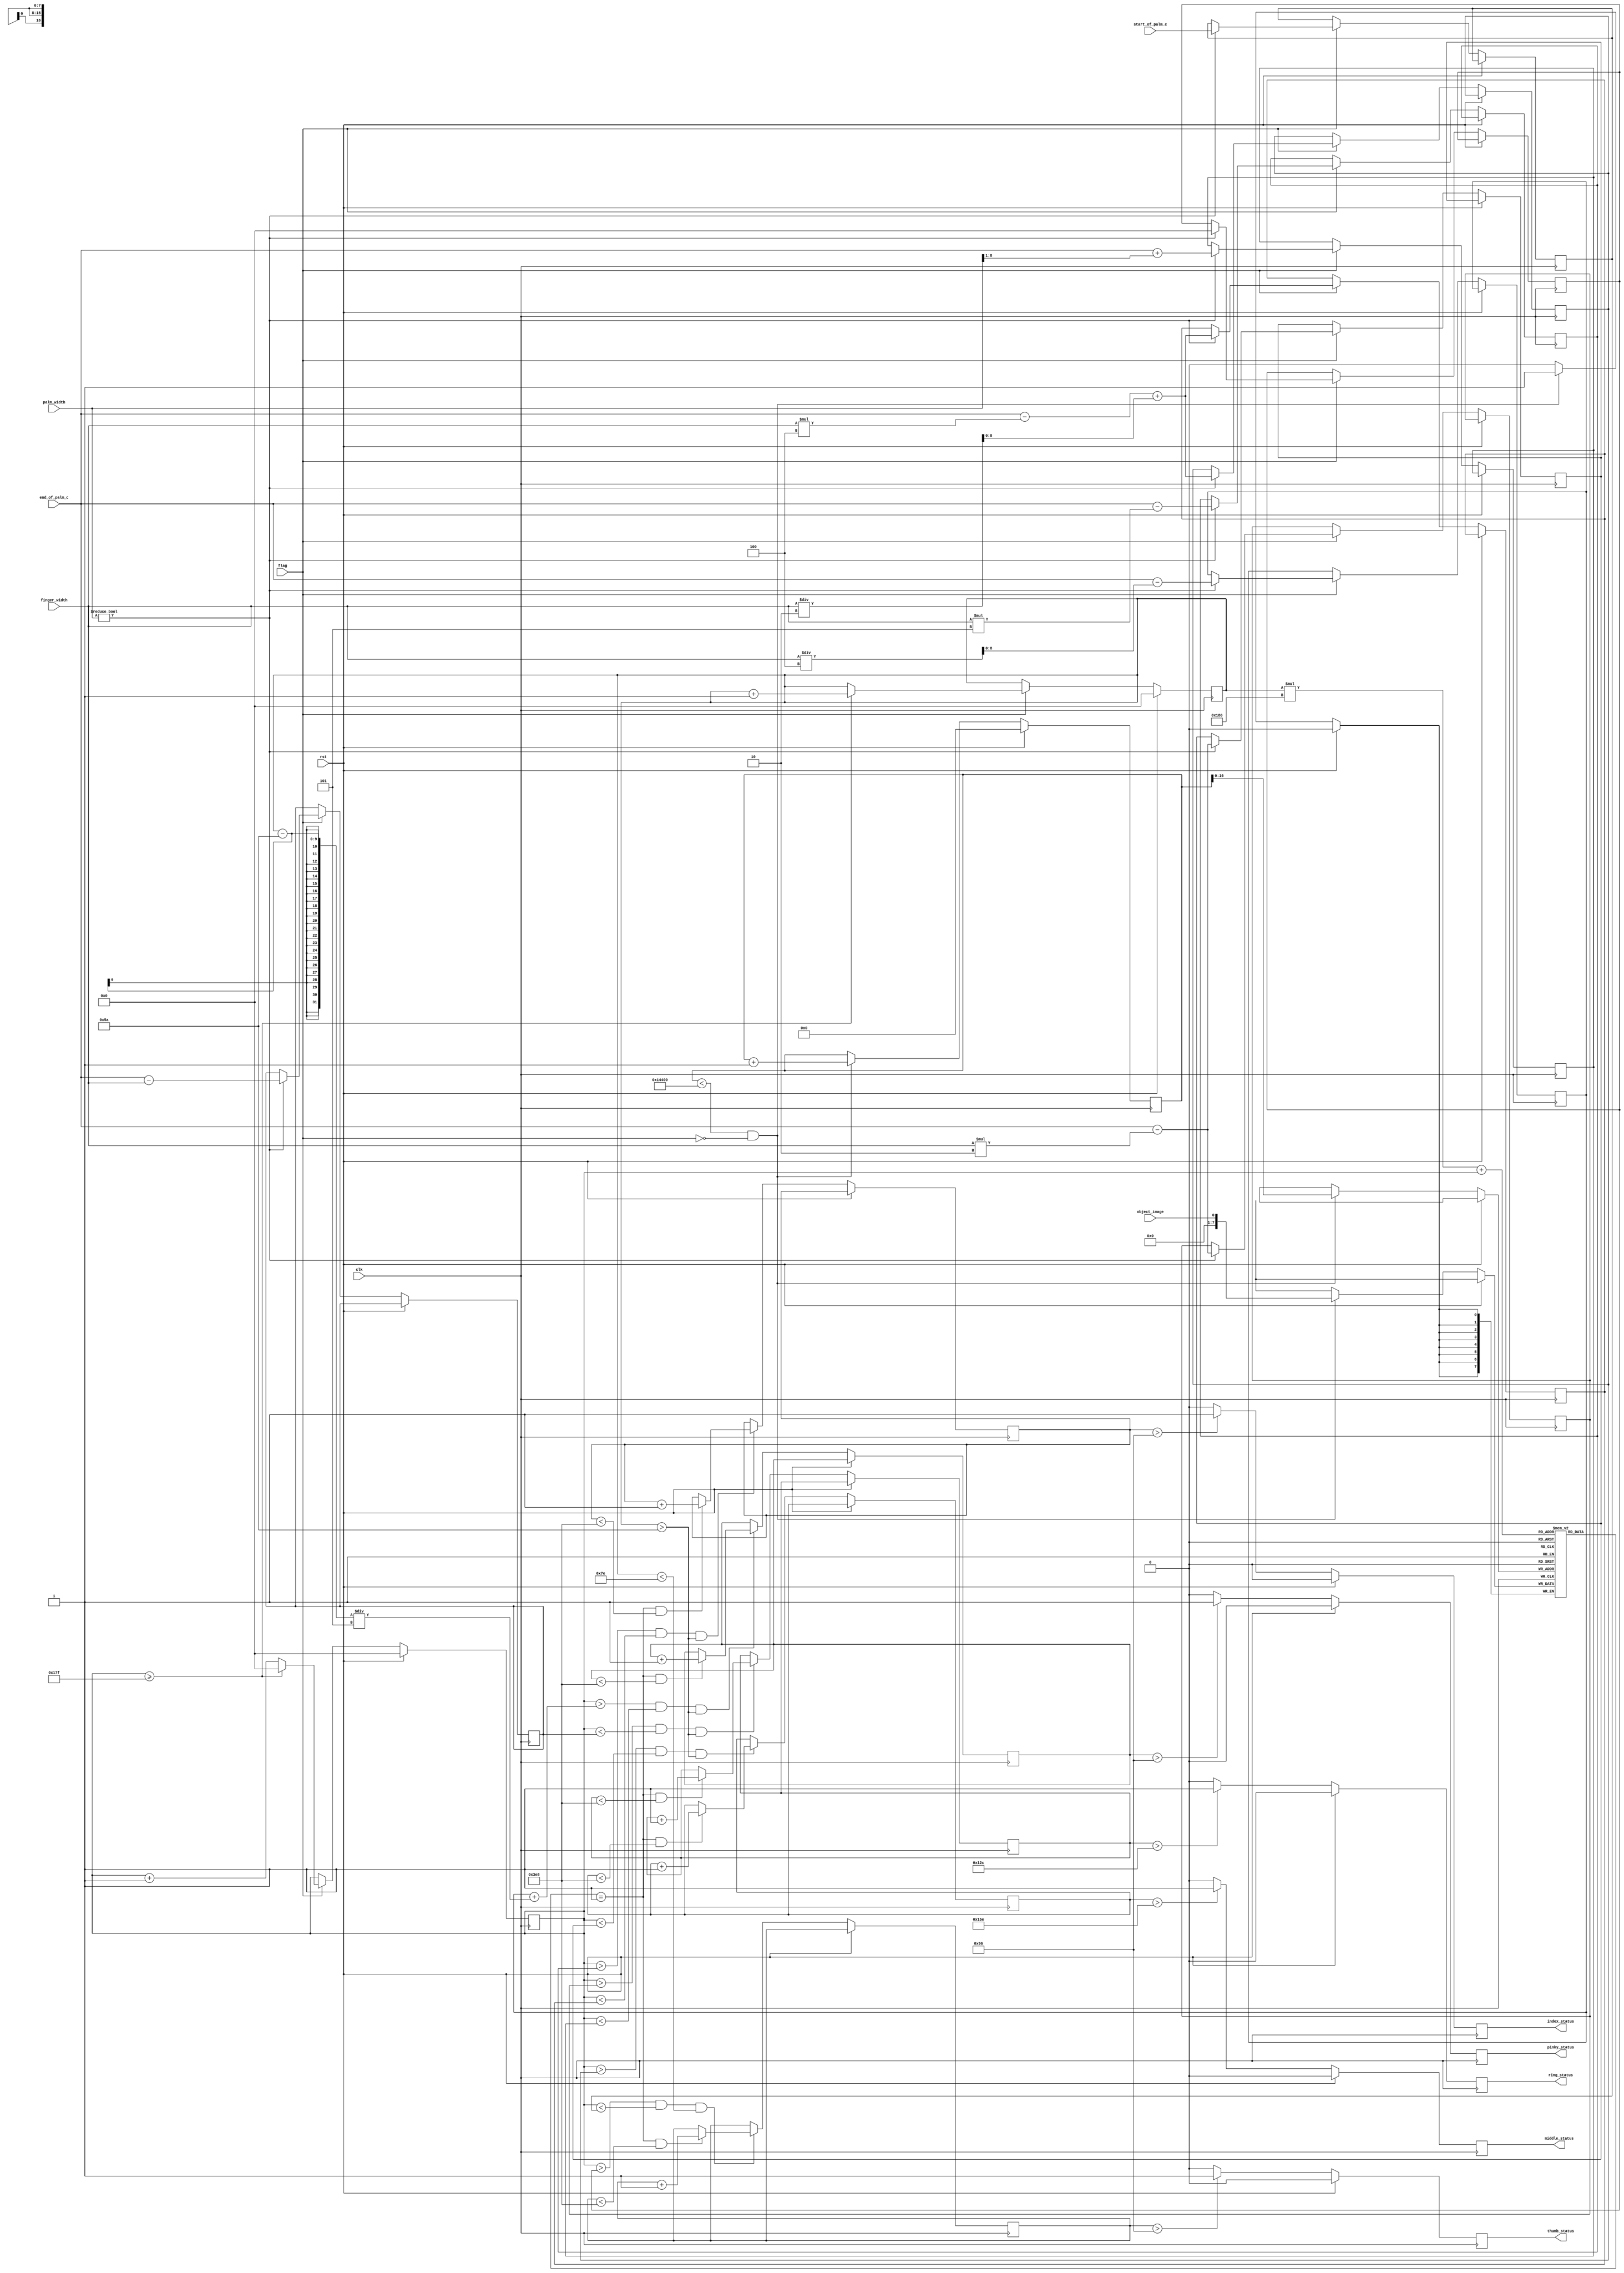
//In this modulet parameter thumb,index,middle.ring,pinky are to be determined by your image.
//Thus, the volume of reg thumb_true should be changed with them.
module FingerIdentification(object_image,
                            flag,
                            palm_width,
                            start_of_palm_c,
                            end_of_palm_c,
                            thumb_status,
                            index_status,
                            middle_status,
                            ring_status,
                            pinky_status,
                            finger_width,
                            rst,clk);
   
   input object_image;
   input [8:0] palm_width, finger_width;
   input [8:0]  start_of_palm_c;
   input [8:0]  end_of_palm_c;
   
   output      thumb_status, index_status, middle_status, ring_status, pinky_status;
   
   input       rst, clk,flag;
   
   // Finger status indicators,
   // if open, status is `True`
   // else status is `False`
   reg         thumb_status=0;
   reg 	       index_status=0;
   reg 	       middle_status=0;
   reg 	       ring_status=0;
   reg 	       pinky_status=0;
   
   // The dimensions of the image
   parameter IMAGE_WIDTH=384;
   parameter IMAGE_HEIGHT=216;
   reg [8:0] 	row_count = 0, col_count = 0;
   
   reg[17:0]    count;
   reg [7:0] 	lum[0:IMAGE_WIDTH*IMAGE_HEIGHT];
   
   // Threshold triggers
   reg [9:0]   pinky_true=0;
   reg [9:0]   ring_true=0;
   reg [9:0]   middle_true=0;
   reg [9:0]   index_true=0;
   reg [9:0]   thumb_true=0;
   
   // FInger boxes
   reg [8:0]   pinky_left = 0;
   reg [8:0]   pinky_right = 0;
   
   reg [8:0]   ring_left = 0;
   reg [8:0]   ring_right = 0;

   reg [8:0]   middle_left = 0;
   reg [8:0]   middle_right = 0;
   
   reg [8:0]   thumb_left = 0;
   reg [8:0]   thumb_right = 0;
   
   reg [8:0]   index_left = 0;
   reg [8:0]   index_right = 0;
  
   parameter thumb=150;
   parameter index=150;
   parameter middle=350;
   parameter ring=300;
   parameter pinky=150;
   
   always@(posedge clk)begin
        if(rst) begin
                    count=0;
                end
        else begin
              if(count<IMAGE_WIDTH*IMAGE_HEIGHT && !flag)begin
                  lum[count]=object_image;
                  count=count+1;
               end
        end
  end
   
  always@(posedge clk)begin
        if(!rst)
            begin
                if( col_count > (pinky_right + (row_count-90)/5) && col_count < pinky_left && row_count>90) begin  //the slope of ring fingure is about tan^-1(0.2)
                          if(lum[row_count*IMAGE_WIDTH+col_count] == 1 && pinky_true<1000) begin
                              pinky_true <= pinky_true + 1;
                          end
                       end
                        
                if(col_count > ring_right && col_count < ring_left && row_count>90) begin           
                                     if(lum[row_count*IMAGE_WIDTH+col_count] == 1 && ring_true<1000) begin
                                         ring_true <= ring_true + 1;
                                     end
                                  end
                        if( col_count > index_right && col_count < index_left && row_count>90) begin
                                                if(lum[row_count*IMAGE_WIDTH+col_count]== 1 && index_true<1000) begin
                                                   index_true <= index_true + 1;
                                                end
                                             end
                     if( col_count > middle_right && col_count < middle_left && row_count>90) begin                       
                                                if(lum[row_count*IMAGE_WIDTH+col_count] == 1 && middle_true<1000) begin
                                                   middle_true <= middle_true + 1;
                                                end                                              
                                             end
                  if( col_count > thumb_right && col_count < thumb_left && row_count<126) begin     
                                                            if(lum[row_count*IMAGE_WIDTH+col_count] == 1 && thumb_true<1000) begin
                                                               thumb_true <= thumb_true + 1;
                                                            end                                                           
                                                         end
                       
            end
 end
 
 always@(posedge clk)begin
        if(rst)begin
                 thumb_status <= 0;
                 index_status <= 0;
                 middle_status <= 0;
                 ring_status <= 0;
                 pinky_status <= 0;
        end
        else begin
            if(thumb_true >thumb) begin
                  thumb_status <= 1;
             end
             else thumb_status <=0;
             if(middle_true > middle) begin
                     middle_status <= 1;
              end
              else middle_status <= 0;
              if(index_true >index) begin
                 index_status <= 1;
              end      
              else  index_status <= 0;
              if(ring_true >ring ) begin
                  ring_status <= 1;
               end
               else  ring_status <=0;
               if(pinky_true >pinky) begin
                  pinky_status <= 1;
               end     
               else pinky_status <= 0;                
        end
            
 end
  
   always @(posedge clk) begin
      if(rst) begin
         col_count<=0;
         row_count<=0;
      end
      
      else begin
 if(flag)
      begin  
	 // Keep track of the image row and columns
         if(col_count >= IMAGE_WIDTH-1) begin
            // columns should not exceed image_width
            col_count <= 0;
            // increment row after 1 scan of column
            row_count <= row_count + 1;
         end
         else begin
               col_count <= col_count + 1;
         end
	 
	 // The palm has been found, start calculating the fingers
         if (palm_width != 0) begin
	    
	    // Create the Finger Boxes, The dimensions are similar to that of design in matlab.
            // Calculate the status of each finger.If the no.of white pixels in the finger's box
	    // exceeds the threshold, set its status
 //           pinky_left <= end_of_palm_c + (palm_width >> 1 ) ;
 //           pinky_right <= end_of_palm_c - (palm_width >> 2 );
            pinky_left <= end_of_palm_c + (palm_width >> 1 ) ;
            pinky_right <= end_of_palm_c - finger_width/4;
           

//            ring_left <= end_of_palm_c - (palm_width >> 2 );
//            ring_right <=end_of_palm_c - palm_width /3;
            ring_left <= end_of_palm_c - finger_width;
            ring_right <=end_of_palm_c - finger_width*2;     
           

//            middle_left <= end_of_palm_c - palm_width /3 ;
//            middle_right <=  start_of_palm_c + palm_width /3 ;
            middle_left <= end_of_palm_c  - finger_width*2 ;
            middle_right <= end_of_palm_c  - finger_width*4 + finger_width/2 ;

            
//            index_left <= start_of_palm_c+palm_width/2 - 15; 
//            index_right <= start_of_palm_c;
            index_left <= end_of_palm_c  - finger_width*4 + finger_width/2 ; 
            index_right <= end_of_palm_c  - finger_width*5 ;
           
            
//            thumb_left <= start_of_palm_c ;
//            thumb_right <= 0;
            thumb_left <= start_of_palm_c;
            thumb_right <= 0;

            
         end // if (palm_width != 0)
   end //if(flag)
       
              
 end // else: !if(rst)
    
   end // always @ (posedge clk)
endmodule // FingerIdentification